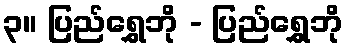
၃။ ပြည်ရွှေဘို - ပြည်ရွှေဘို